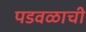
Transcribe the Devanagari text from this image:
पडवळाची